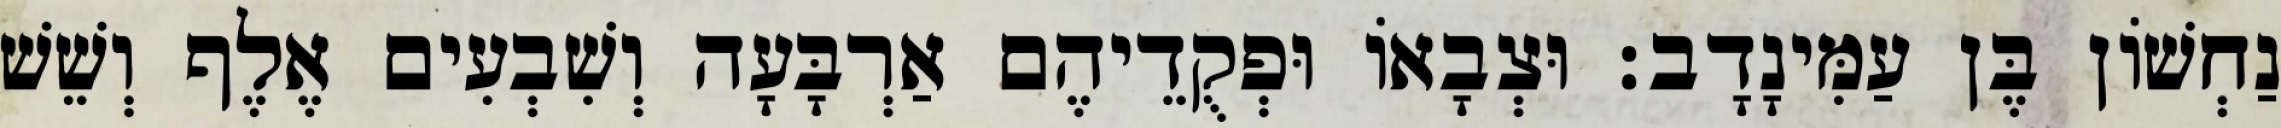
נַחְשׁוֹן בֶּן עַמִּינָדָב׃ וּצְבָאוֹ וּפְקֻדֵיהֶם אַרְבָּעָה וְשִׁבְעִים אֶלֶף וְשֵׁשׁ